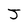
Character: J